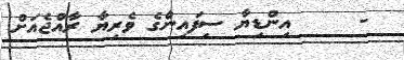
-     އިންޑިޔާ ސިފައިންގެ ވެރިޔާ ރާއްޖެއަށް